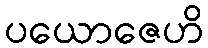
ပယောဇေဟိ